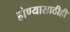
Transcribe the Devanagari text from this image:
होण्यासाठीही